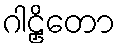
ဂါဠှိတော